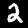
Label: 2